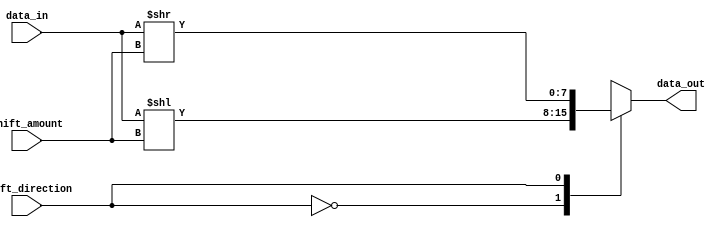
module ParallelShifter(
  input [7:0] data_in,       // 8-bit input data
  input [2:0] shift_amount,  // 3-bit control signal for shifting amount
  input shift_direction,     // Control signal for shifting direction (0 for left, 1 for right)
  output [7:0] data_out      // 8-bit output data
);

reg [7:0] shifted_data;

always @(*) begin
  case (shift_direction)
    0: shifted_data = data_in << shift_amount;  // Left shift
    1: shifted_data = data_in >> shift_amount;  // Right shift
    default: shifted_data = 8'b0;               // No shift by default
  endcase
end

assign data_out = shifted_data;

endmodule